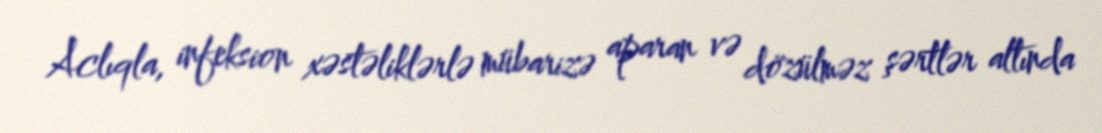
Aclıqla, infeksion xəstəliklərlə mübarizə aparan və dözülməz şərtlər altında